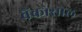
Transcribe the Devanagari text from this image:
बैंकोसोल